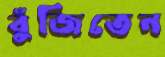
বুঁজিতেন